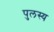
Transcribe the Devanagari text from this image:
पुलस्य